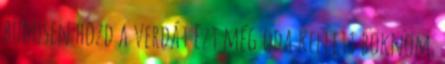
büdösen hozd a verdát Ezt még oda kellett böknöm.